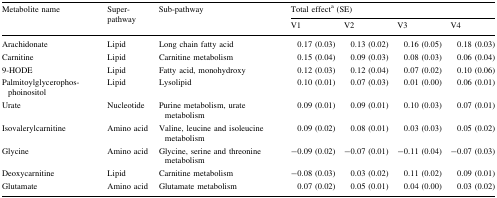
<table><thead><tr><td rowspan="2"><b>Metabolite name</b></td><td rowspan="2"><b>Super-pathway</b></td><td rowspan="2"><b>Sub-pathway</b></td><td colspan="4"><b>Total effect<sup>a</sup> (SE)</b></td></tr><tr><td><b>V1</b></td><td><b>V2</b></td><td><b>V3</b></td><td><b>V4</b></td></tr></thead><tbody><tr><td>Arachidonate</td><td>Lipid</td><td>Long chain fatty acid</td><td>0.17 (0.03)</td><td>0.13 (0.02)</td><td>0.16 (0.05)</td><td>0.18 (0.03)</td></tr><tr><td>Carnitine</td><td>Lipid</td><td>Carnitine metabolism</td><td>0.15 (0.04)</td><td>0.09 (0.03)</td><td>0.08 (0.03)</td><td>0.06 (0.04)</td></tr><tr><td>9-HODE</td><td>Lipid</td><td>Fatty acid, monohydroxy</td><td>0.12 (0.03)</td><td>0.12 (0.04)</td><td>0.07 (0.02)</td><td>0.10 (0.06)</td></tr><tr><td>Palmitoylglycerophos-phoinositol</td><td>Lipid</td><td>Lysolipid</td><td>0.10 (0.01)</td><td>0.07 (0.03)</td><td>0.01 (0.00)</td><td>0.06 (0.01)</td></tr><tr><td>Urate</td><td>Nucleotide</td><td>Purine metabolism, urate metabolism</td><td>0.09 (0.01)</td><td>0.09 (0.01)</td><td>0.10 (0.03)</td><td>0.07 (0.01)</td></tr><tr><td>Isovalerylcarnitine</td><td>Amino acid</td><td>Valine, leucine and isoleucine metabolism</td><td>0.09 (0.02)</td><td>0.08 (0.01)</td><td>0.03 (0.03)</td><td>0.05 (0.02)</td></tr><tr><td>Glycine</td><td>Amino acid</td><td>Glycine, serine and threonine metabolism</td><td>−0.09 (0.02)</td><td>−0.07 (0.01)</td><td>−0.11 (0.04)</td><td>−0.07 (0.03)</td></tr><tr><td>Deoxycarnitine</td><td>Lipid</td><td>Carnitine metabolism</td><td>−0.08 (0.03)</td><td>0.03 (0.02)</td><td>0.11 (0.02)</td><td>0.09 (0.01)</td></tr><tr><td>Glutamate</td><td>Amino acid</td><td>Glutamate metabolism</td><td>0.07 (0.02)</td><td>0.05 (0.01)</td><td>0.04 (0.00)</td><td>0.03 (0.02)</td></tr></tbody></table>